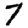
Digit: 7